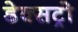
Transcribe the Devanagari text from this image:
डेक्सट्रो